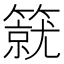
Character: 𥳛